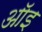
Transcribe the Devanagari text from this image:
ऑइ